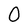
Character: 0